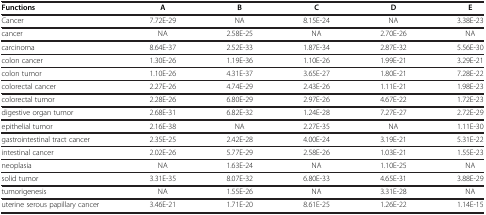
| Functions | A | B | C | D | E |
 | --- | --- | --- | --- | --- | --- |
 | Cancer | 7.72E-29 | NA | 8.15E-24 | NA | 3.38E-23 |
 | cancer | NA | 2.58E-25 | NA | 2.70E-26 | NA |
 | carcinoma | 8.64E-37 | 2.52E-33 | 1.87E-34 | 2.87E-32 | 5.56E-30 |
 | colon cancer | 1.30E-26 | 1.19E-36 | 1.10E-26 | 1.99E-21 | 3.29E-21 |
 | colon tumor | 1.10E-26 | 4.31E-37 | 3.65E-27 | 1.80E-21 | 7.28E-22 |
 | colorectal cancer | 2.27E-26 | 4.74E-29 | 2.43E-26 | 1.11E-21 | 1.98E-23 |
 | colorectal tumor | 2.28E-26 | 6.80E-29 | 2.97E-26 | 4.67E-22 | 1.72E-23 |
 | digestive organ tumor | 2.68E-31 | 6.82E-32 | 1.24E-28 | 7.27E-27 | 2.72E-29 |
 | epithelial tumor | 2.16E-38 | NA | 2.27E-35 | NA | 1.11E-30 |
 | gastrointestinal tract cancer | 2.35E-25 | 2.42E-28 | 4.00E-24 | 3.19E-21 | 5.31E-22 |
 | intestinal cancer | 2.02E-26 | 5.77E-29 | 2.58E-26 | 1.03E-21 | 1.55E-23 |
 | neoplasia | NA | 1.63E-24 | NA | 1.10E-25 | NA |
 | solid tumor | 3.31E-35 | 8.07E-32 | 6.80E-33 | 4.65E-31 | 3.88E-29 |
 | tumorigenesis | NA | 1.55E-26 | NA | 3.31E-28 | NA |
 | uterine serous papillary cancer | 3.46E-21 | 1.71E-20 | 8.61E-25 | 1.26E-22 | 1.14E-15 |